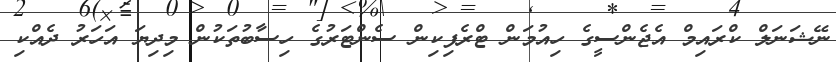
ނޭޝަނަލް ކްރައިމް އެޖެންސީގެ ހިއުމަން ޓްރެފިކިން ސެންޓަރުގެ ހިސާބުތަކުން މިދިޔަ އަހަރު ދެއްކި